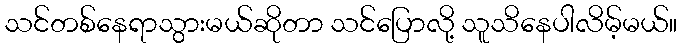
သင်တစ်နေရာသွားမယ်ဆိုတာ သင်ပြောလို့ သူသိနေပါလိမ့်မယ်။